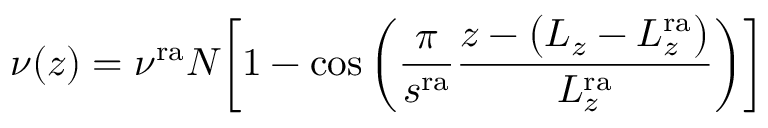
\nu ( z ) = \nu ^ { \mathrm { r a } } N \biggl [ 1 - \cos { \biggl ( \frac { \pi } { s ^ { \mathrm { r a } } } \frac { z - \bigl ( L _ { z } - L _ { z } ^ { \mathrm { r a } } \bigl ) } { L _ { z } ^ { \mathrm { r a } } } \biggl ) } \biggl ]